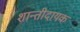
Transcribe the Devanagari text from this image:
शान्तीदायक